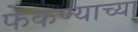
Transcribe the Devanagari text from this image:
फेकण्याच्या